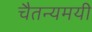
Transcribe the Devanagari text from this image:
चैतन्यमयी